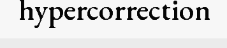
hypercorrection